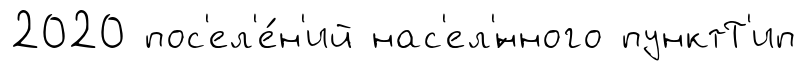
2020 пос'ел'е́н'ий нас'ел'́нного пунктТ'ип